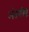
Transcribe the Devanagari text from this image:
अंतरविष्ट